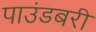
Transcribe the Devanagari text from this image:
पाउंडबरी